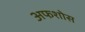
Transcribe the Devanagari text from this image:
अफशोस